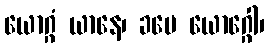
ယောဂ္ဂံ ယာနေ၊ ခမေ ယောဂ္ဂေါ၊